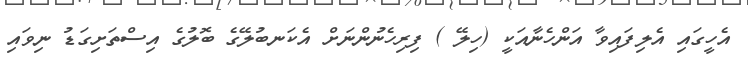
އެހީގައި އެލިފައިވާ އަންހެނާއަކީ (ހިލޭ ) ފިރިހެނުންނަށް އެކަނބުލޭގެ ބޮލުގެ އިސްތަށިގަޑު ނިވައި